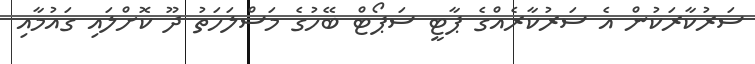
ސަރުކާރަކުން އެ ސަރުކާރެއްގެ ޕާޓީ ސަޕޯޓް ބޭހުގެ މަސްލަހަތު ދޫ ކޮށްލައި ގައުމާއި